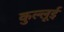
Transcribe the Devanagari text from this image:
कुल्लूई